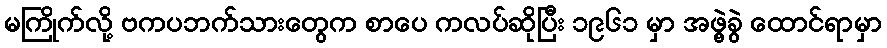
မကြိုက်လို့ ဗကပဘက်သားတွေက စာပေ ကလပ်ဆိုပြီး ၁၉၆၁ မှာ အဖွဲ့ခွဲ ထောင်ရာမှာ